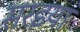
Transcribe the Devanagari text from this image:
सरइया